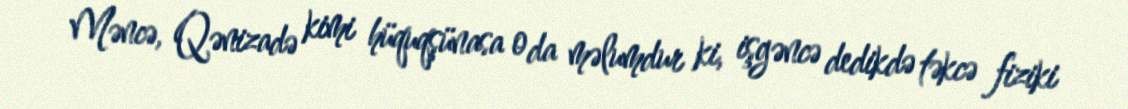
Məncə, Qənizadə kimi hüquqşünasa o da məlumdur ki, işgəncə dedikdə təkcə fiziki